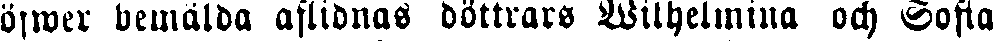
öfwer bemälda aflidnaS döttrars Wilhelmina och Sofia